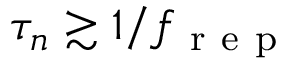
\tau _ { n } \gtrsim 1 / f _ { \mathrm { ~ r ~ e ~ p ~ } }